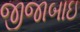
જીજાબાઇ